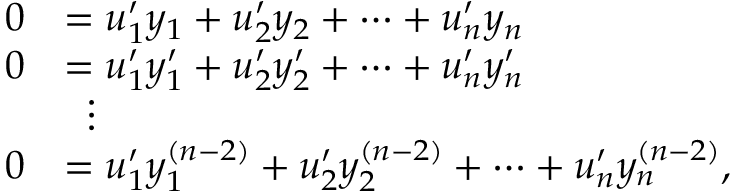
{ \begin{array} { r l } { 0 } & { = u _ { 1 } ^ { \prime } y _ { 1 } + u _ { 2 } ^ { \prime } y _ { 2 } + \cdots + u _ { n } ^ { \prime } y _ { n } } \\ { 0 } & { = u _ { 1 } ^ { \prime } y _ { 1 } ^ { \prime } + u _ { 2 } ^ { \prime } y _ { 2 } ^ { \prime } + \cdots + u _ { n } ^ { \prime } y _ { n } ^ { \prime } } \\ & { \; \; \vdots } \\ { 0 } & { = u _ { 1 } ^ { \prime } y _ { 1 } ^ { ( n - 2 ) } + u _ { 2 } ^ { \prime } y _ { 2 } ^ { ( n - 2 ) } + \cdots + u _ { n } ^ { \prime } y _ { n } ^ { ( n - 2 ) } , } \end{array} }